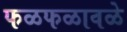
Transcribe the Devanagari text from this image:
फळफळावळे